system: You are a helpful assistant.
user:
Analyze the provided spectrum to determine if it is a **Carbon Star (C-type)**.

- **Key Visual Indicators of Carbon Star:**
    - **(Primary):** Strong molecular absorption from **C₂ (diatomic carbon) "Swan Bands."** This is the **defining feature** of a carbon star.
        - **(Key Bandheads):** Sharp absorption edges are visible at approximately $5635$ Å, $5165$ Å (the strongest band), and $4737$ Å.
        - **(Line Profile):** Creates a distinct **"saw-tooth"** pattern. The key morphology is a sharp, steep bandhead on the **red (long-wavelength) side**, which then gradually tapers off (i.e., flux recovers) towards the **blue (short-wavelength) side**. *(This is the direct opposite of the TiO bands seen in M-type stars)*.

    - **(Secondary):** Intense **CN (cyanogen)** molecular absorption bands.
        - **(Key Bandheads):** Located in the blue and violet regions of the spectrum (e.g., near $4215$ Å and $3883$ Å).
        - **(Morphology):** These bands are extremely broad and act as a "blanket," absorbing the vast majority of blue and violet light. This creates a characteristic **"cliff"** or **"steep drop-off"** in the spectrum's flux at short wavelengths.

    - **(Key Confirmation):** Strong **CH absorption band (G-band)**.
        - **(Key Bandhead):** Located around $4300$ Å. The contribution from CH molecules to this band is exceptionally strong.

    - **(Overall Spectrum):**
        - The continuum is severely "chopped up" by these deep molecular bands, especially C₂, rather than appearing as a smooth curve.
        - Due to the heavy CN and C₂ absorption in the blue-green, the vast majority of the star's flux is concentrated in the red part of the spectrum, giving the star its characteristic deep red color.

Think first, call **spectral_visualization_tool** if needed to examine features in detail, then provide your final answer. Your response must adhere to the following strict rules:
1.  **Overall Structure:** Your response must follow the format `<think>...</think> <tool_call>...</tool_call> (if a tool is used) <answer>...</answer>`.
2.  **Tool Usage Constraint:** You may only make **one** tool call per turn.
3.  **Final Answer Format:** In the `<answer>` tag, your conclusion must be inside a `\boxed{}` command (e.g., `\boxed{YES}`), followed by your justification.

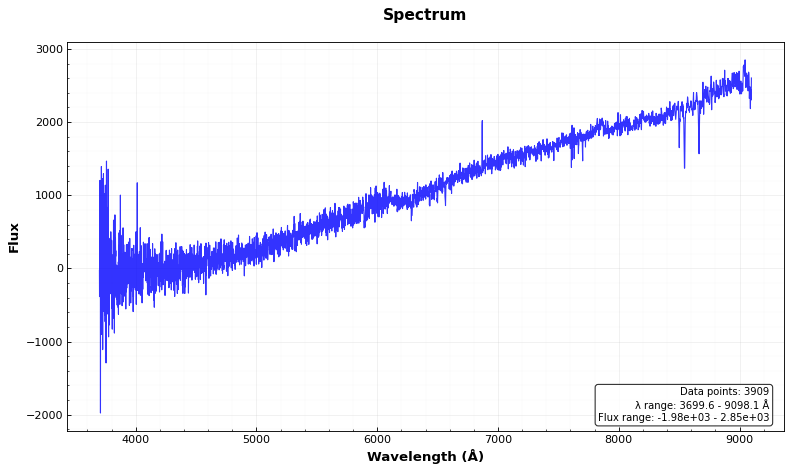
Answer: NO